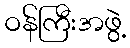
ဝန်ကြီးအဖွဲ့